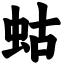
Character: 蛄